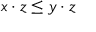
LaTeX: x \cdot z \leq y \cdot z